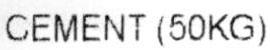
CEMENT (50KG)